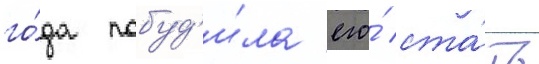
го́да побуд'и́ла его́ ста́ть